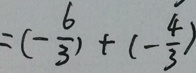
= ( - \frac { 6 } { 3 } ) + ( - \frac { 4 } { 3 } )